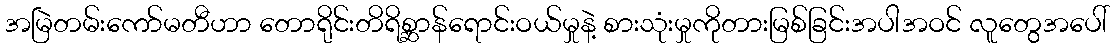
အမြဲတမ်းကော်မတီဟာ တောရိုင်းတိရိစ္ဆာန်ရောင်းဝယ်မှုနဲ့ စားသုံးမှုကိုတားမြစ်ခြင်းအပါအဝင် လူတွေအပေါ်